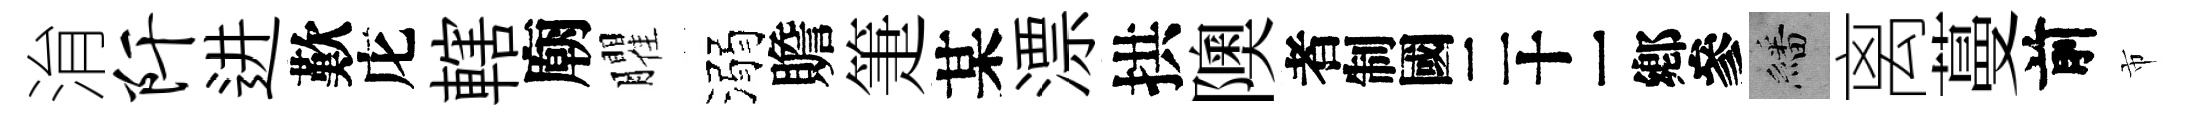
㳙阡进歎庀轄廟臞溺贍箑某漂拱隩识繙离蔓前市